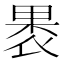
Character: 褁